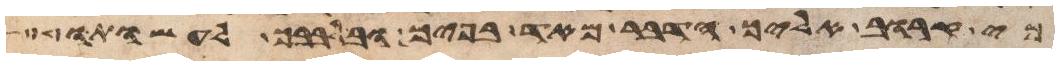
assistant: כי קרוב אליך הדבר מאד בפיך ובלבבך לעשותו